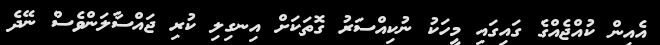
އެއިން ކުއްޖެއްގެ ގައިގައި މީހަކު ނުކިއްސަރު ގޮތަކަށް އިނގިލި ކުރި ޖައްސާލަންވެސް ނޭދެ